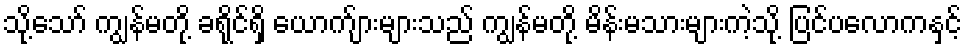
သို့သော် ကျွန်မတို့ ခရိုင်ရှိ ယောက်ျားများသည် ကျွန်မတို့ မိန်းမသားများကဲ့သို့ ပြင်ပလောကနှင့်